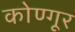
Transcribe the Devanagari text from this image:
कोण्गूर